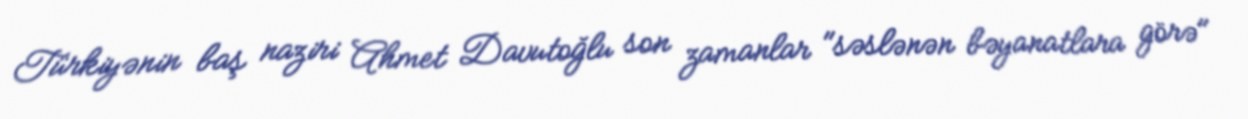
Türkiyənin baş naziri Ahmet Davutoğlu son zamanlar "səslənən bəyanatlara görə"